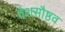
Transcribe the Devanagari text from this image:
वेशसौष्ठव